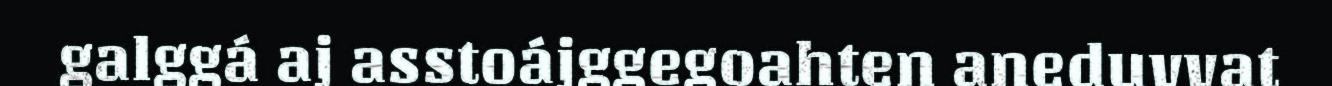
galggá aj asstoájggegoahten aneduvvat